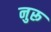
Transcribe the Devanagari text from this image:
नुरू